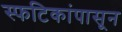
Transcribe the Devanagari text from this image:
स्फटिकांपासून